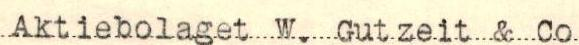
Aktiebolaget W. Gutzeit & Co